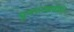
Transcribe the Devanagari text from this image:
पुनरुज्जवीति